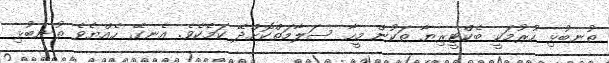
ތުނބުޅި ހުރުމަކީ ބެކްޓީރިޔާ ތަކުން މީހާ ސަލާމަތްކޮށްދޭ ކަމެކެވެ. އެނގޭ ހެއްޔެވެ ތުނބުޅި